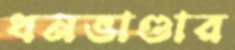
ধনভাণ্ডার